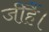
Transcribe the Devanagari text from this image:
जीहैं।